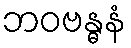
ဘဝဗန္ဓနံ